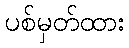
ပစ်မှတ်ထား